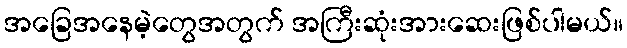
အခြေအနေမဲ့တွေအတွက် အကြီးဆုံးအားဆေးဖြစ်ပါမယ်။